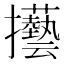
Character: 𢺐